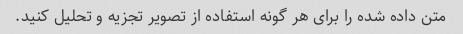
متن داده شده را برای هر گونه استفاده از تصویر تجزیه و تحلیل کنید.